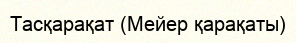
Тасқарақат (Мейер қарақаты)